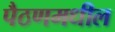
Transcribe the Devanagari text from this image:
पैठणमधील